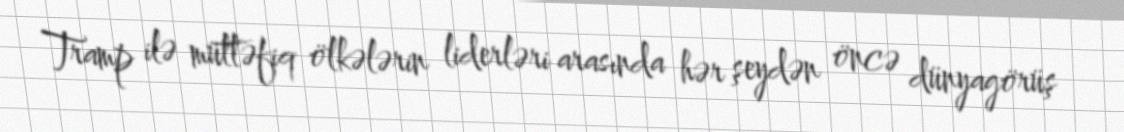
Tramp ilə müttəfiq ölkələrin liderləri arasında hər şeydən öncə dünyagörüş